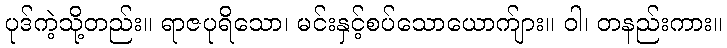
ပုဒ်ကဲ့သို့တည်း။ ရာဇပုရိသော၊ မင်းနှင့်စပ်သောယောက်ျား။ ဝါ၊ တနည်းကား။